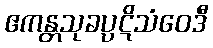
ဧကန္တသုခပ္ပဋိသံဝေဒီ